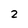
Character: 2